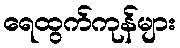
ရေထွက်ကုန်များ